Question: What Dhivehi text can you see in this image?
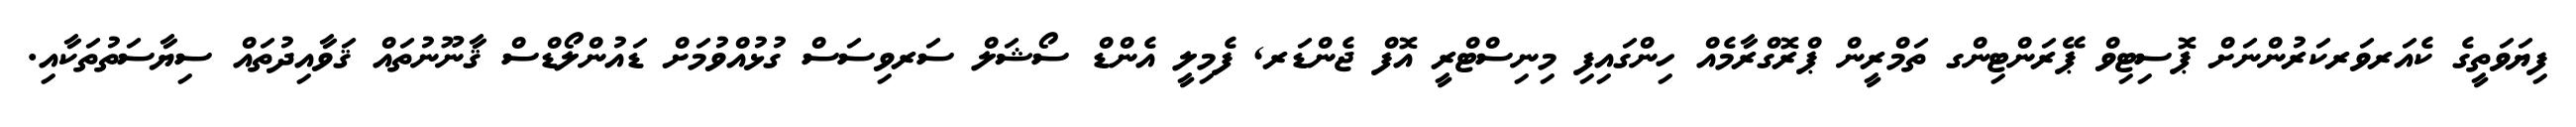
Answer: ފިޔަވަތީގެ ކެއަރވަރކަރުންނަށް ޕޮސިޓިވް ޕޭރަންޓިންގ ތަމްރީން ޕްރޮގްރާމެއް ހިންގައިފި މިނިސްޓްރީ އޮފް ޖެންޑަރ, ފެމިލީ އެންޑް ސޯޝަލް ސަރވިސަސް ގުޅުއްވުމަށް ޑައުންލޯޑްސް ޤާނޫނުތައް ޤަވާއިދުތައް ސިޔާސަތުތަކާއި.